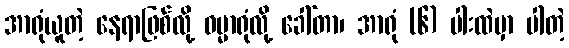
အာရုံယူတဲ့ နေရာဖြစ်လို့ ဓမ္မာရုံလို့ ခေါ်တာ၊ အာရုံ (၆) ပါးထဲမှာ ပါတဲ့